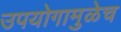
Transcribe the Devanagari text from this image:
उपयोगामुळेच